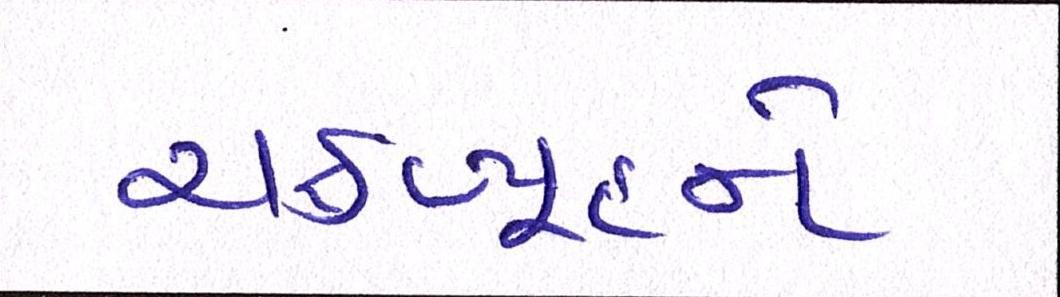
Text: ચક્રવ્યૂહને